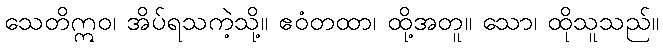
သေတိဣဝ၊ အိပ်ရသကဲ့သို့။ ဧဝံတထာ၊ ထို့အတူ။ သော၊ ထိုသူသည်။